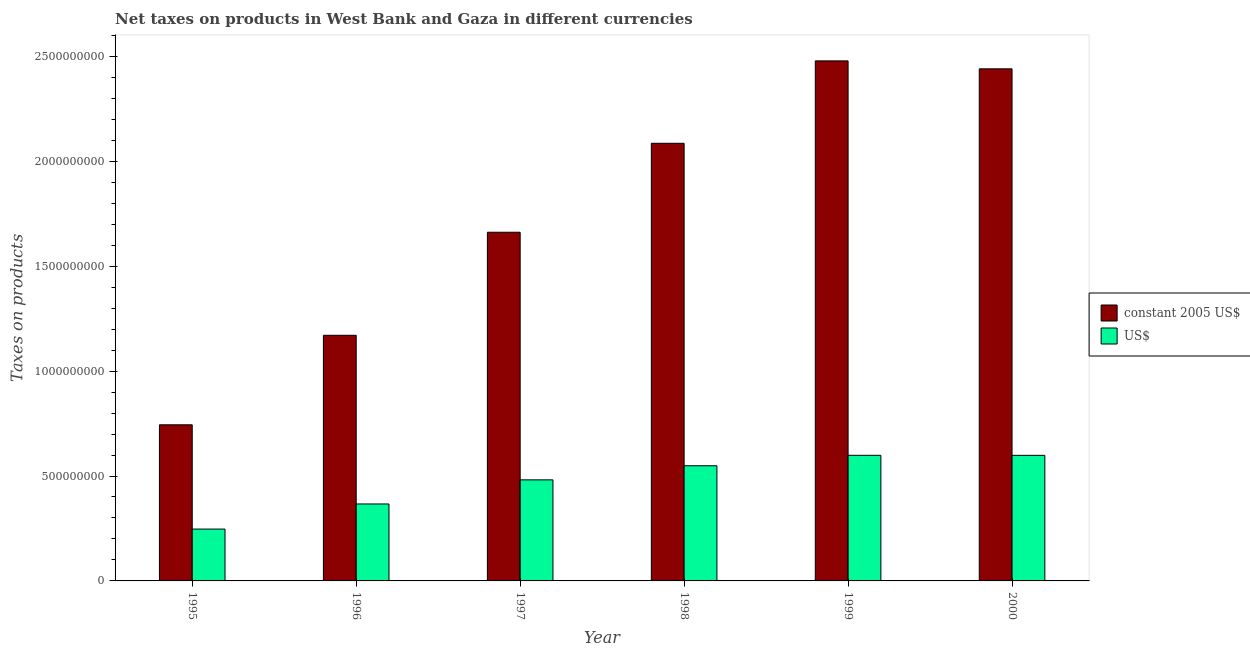
| Year | constant 2005 US$ | US$ |
 | --- | --- | --- |
 | 1995 | 7.44e+08 | 2.47e+08 |
 | 1996 | 1.17e+09 | 3.67e+08 |
 | 1997 | 1.66e+09 | 4.82e+08 |
 | 1998 | 2.09e+09 | 5.49e+08 |
 | 1999 | 2.48e+09 | 5.99e+08 |
 | 2000 | 2.44e+09 | 5.99e+08 |